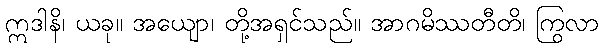
ဣဒါနိ၊ ယခု။ အယျော၊ တို့အရှင်သည်။ အာဂမိဿတီတိ၊ ကြွလာ